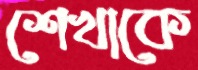
শেখাকে